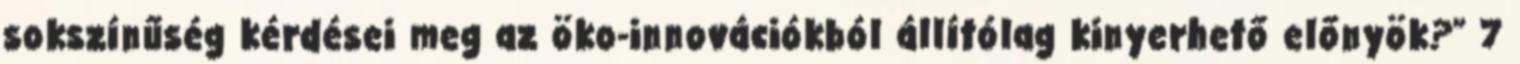
sokszínűség kérdései meg az öko-innovációkból állítólag kinyerhető előnyök?” 7